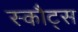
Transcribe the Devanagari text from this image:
स्कौट्स